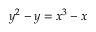
y ^ { 2 } - y = x ^ { 3 } - x